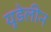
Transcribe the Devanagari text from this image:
यूडेलीन